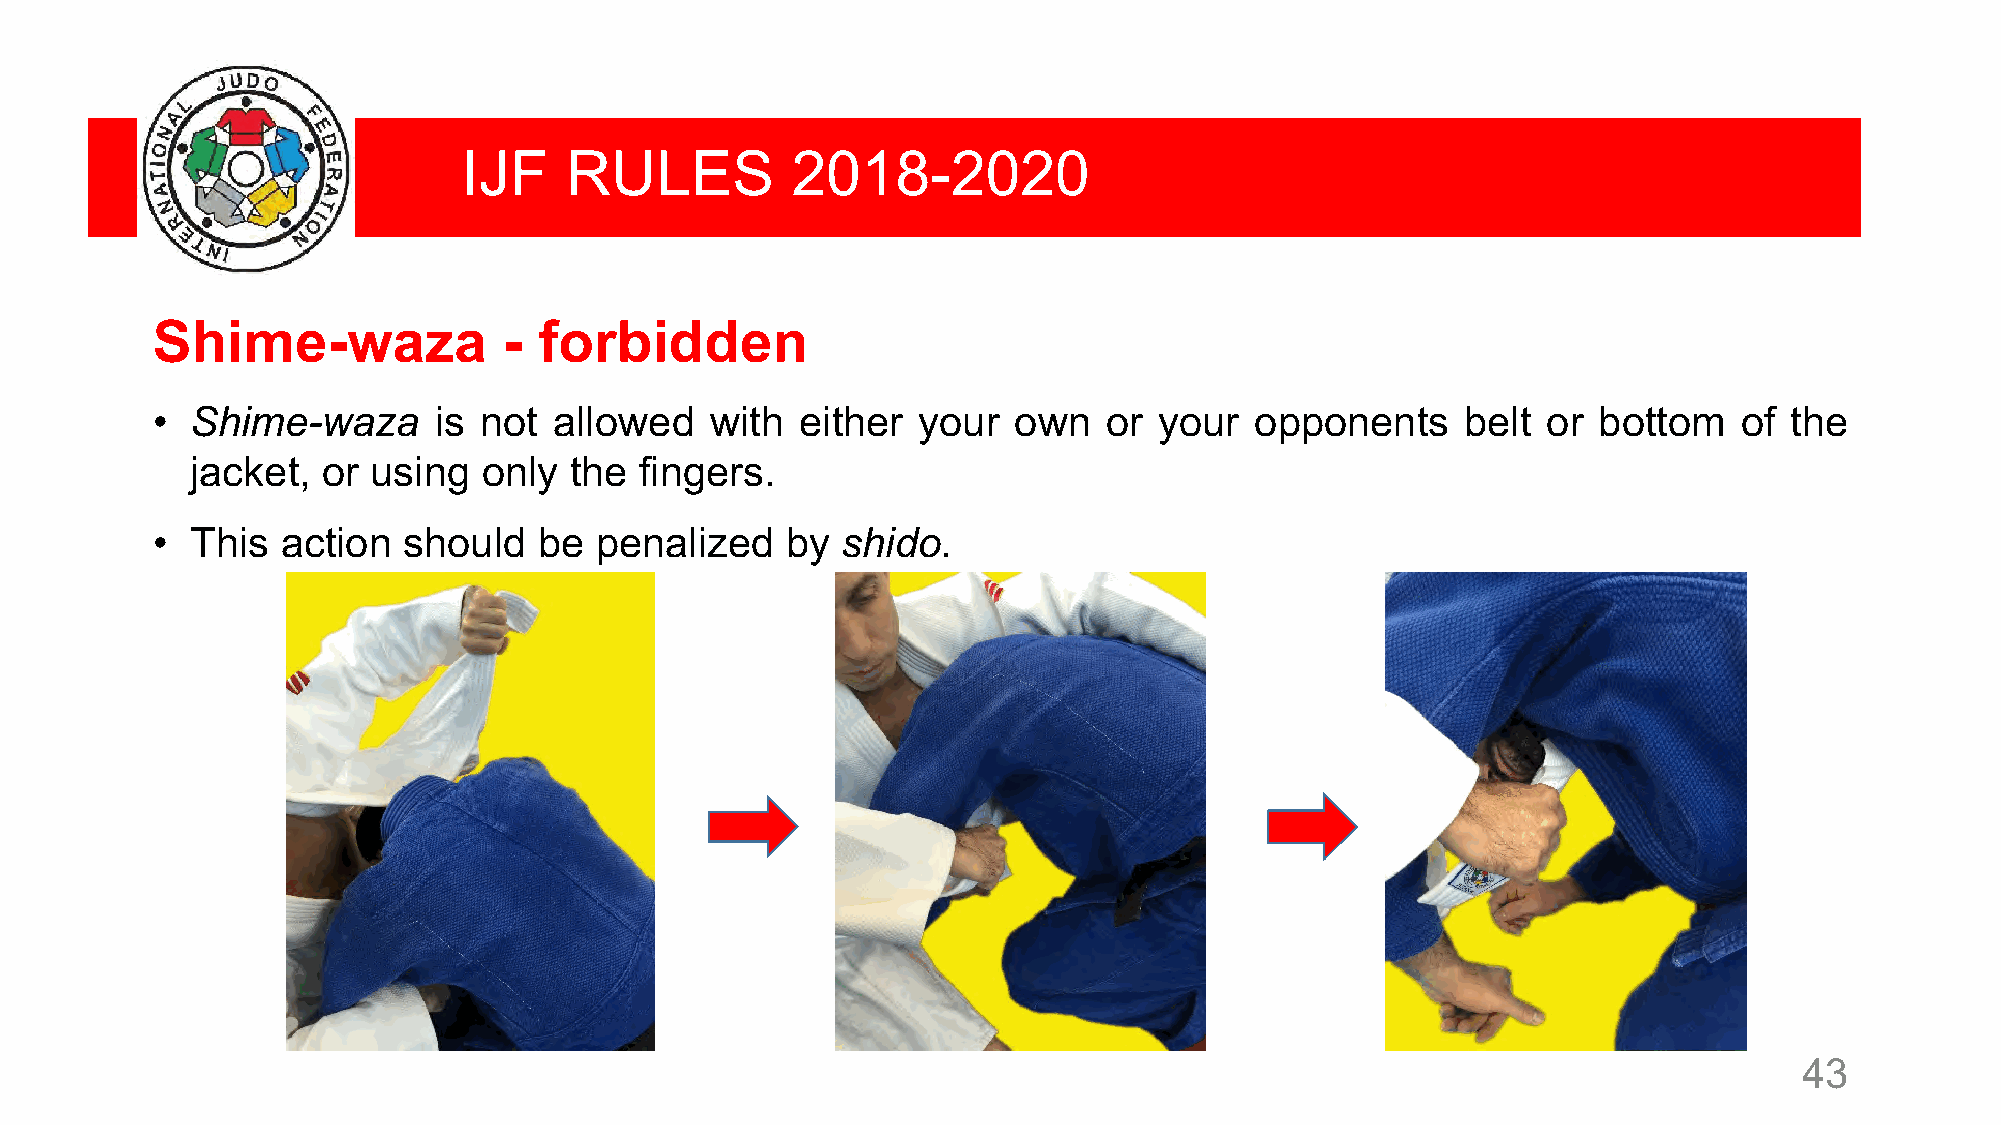
IJF   RULES          2018-2020
 Shime-waza             -  forbidden
 •  Shime-waza      is not  allowed   with  either  your  own   or  your  opponents     belt or  bottom   of the
 jacket, or  using  only  the fingers.
 •  This  action  should   be penalized    by  shido.
 43